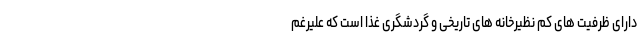
دارای ظرفیت های کم نظیرخانه های تاریخی و گردشگری غذا است که علیرغم